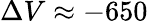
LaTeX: \Delta V\approx-650